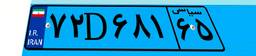
۷۲D۶۸۱۶۵